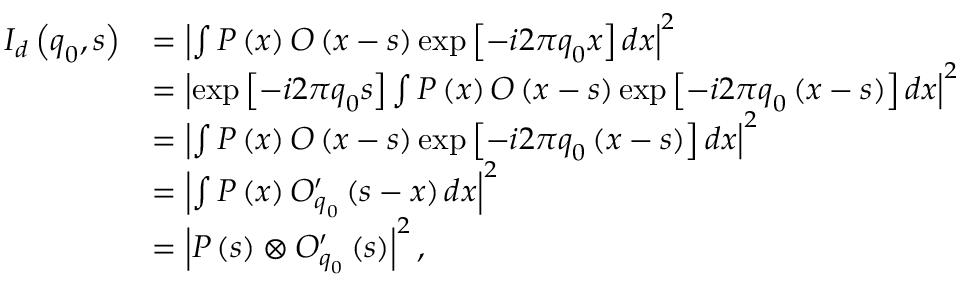
\begin{array} { r l } { I _ { d } \left( \boldsymbol { q } _ { 0 } , \boldsymbol { s } \right) } & { = \left| \int P \left( \boldsymbol { x } \right) O \left( \boldsymbol { x } - \boldsymbol { s } \right) \exp \left[ - i 2 \pi \boldsymbol { q } _ { 0 } \boldsymbol { x } \right] d \boldsymbol { x } \right| ^ { 2 } } \\ & { = \left| \exp \left[ - i 2 \pi \boldsymbol { q } _ { 0 } \boldsymbol { s } \right] \int P \left( \boldsymbol { x } \right) O \left( \boldsymbol { x } - \boldsymbol { s } \right) \exp \left[ - i 2 \pi \boldsymbol { q } _ { 0 } \left( \boldsymbol { x } - \boldsymbol { s } \right) \right] d \boldsymbol { x } \right| ^ { 2 } } \\ & { = \left| \int P \left( \boldsymbol { x } \right) O \left( \boldsymbol { x } - \boldsymbol { s } \right) \exp \left[ - i 2 \pi \boldsymbol { q } _ { 0 } \left( \boldsymbol { x } - \boldsymbol { s } \right) \right] d \boldsymbol { x } \right| ^ { 2 } } \\ & { = \left| \int P \left( \boldsymbol { x } \right) O _ { \boldsymbol { q } _ { 0 } } ^ { \prime } \left( \boldsymbol { s } - \boldsymbol { x } \right) d \boldsymbol { x } \right| ^ { 2 } } \\ & { = \left| P \left( \boldsymbol { s } \right) \otimes O _ { \boldsymbol { q } _ { 0 } } ^ { \prime } \left( \boldsymbol { s } \right) \right| ^ { 2 } , } \end{array}